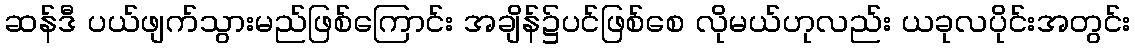
ဆန်ဒီ ပယ်ဖျက်သွားမည်ဖြစ်ကြောင်း အချိန်၌ပင်ဖြစ်စေ လိုမယ်ဟုလည်း ယခုလပိုင်းအတွင်း